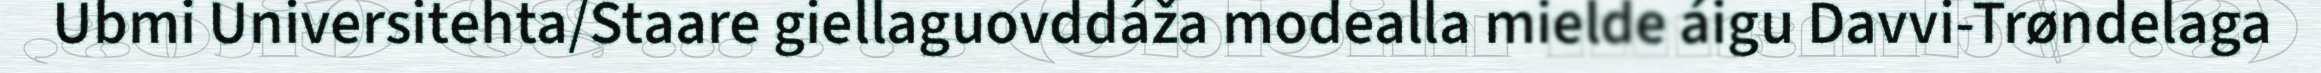
Ubmi Universitehta/Staare giellaguovddáža modealla mielde áigu Davvi-Trøndelaga